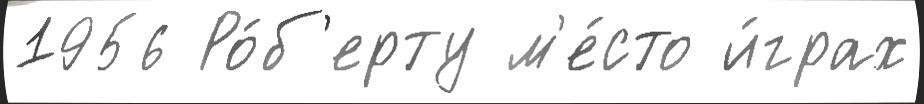
1956 Ро́б'ерту м'е́сто и́грах